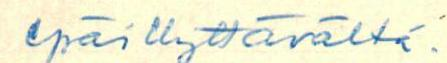
epäillyttävältä.